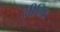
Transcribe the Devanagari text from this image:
सीग्रिड